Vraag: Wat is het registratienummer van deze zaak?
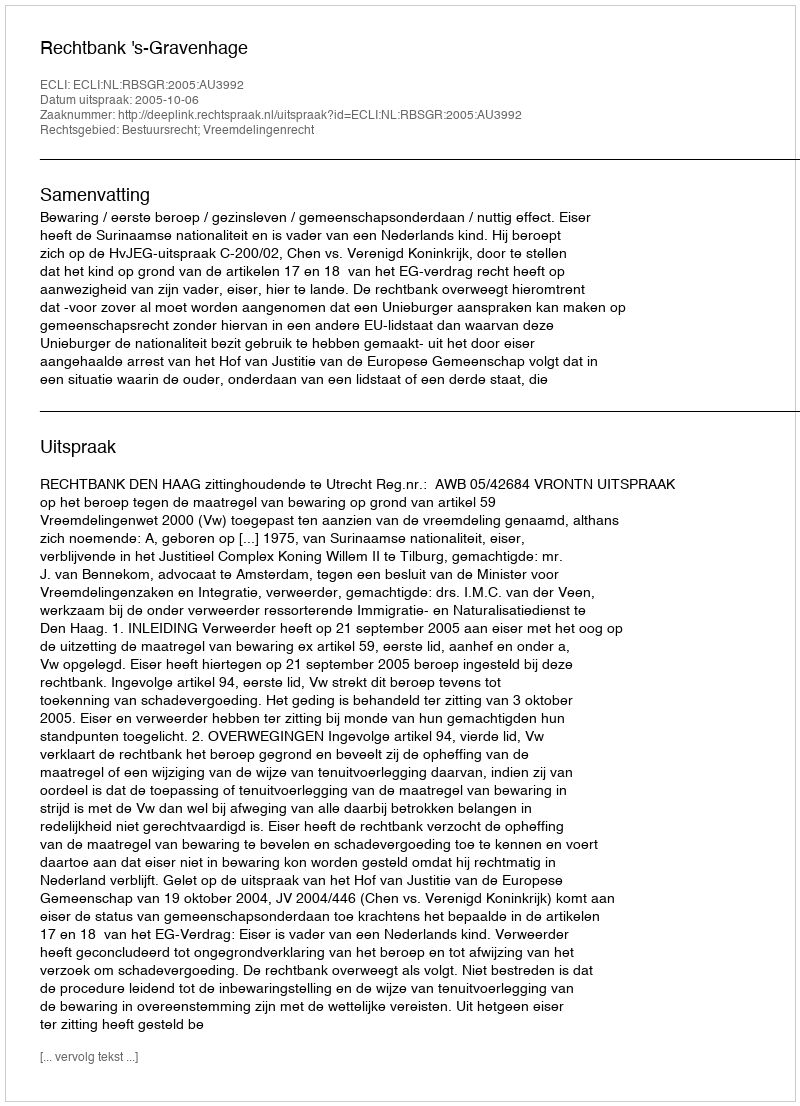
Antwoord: http://deeplink.rechtspraak.nl/uitspraak?id=ECLI:NL:RBSGR:2005:AU3992